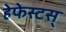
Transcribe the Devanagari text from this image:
हेफेस्टस्‌